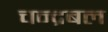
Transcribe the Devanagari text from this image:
चन्द्रबल